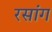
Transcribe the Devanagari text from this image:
रसांग